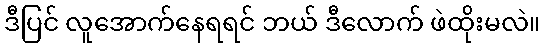
ဒီပြင် လူအောက်နေရရင် ဘယ် ဒီလောက် ဖဲထိုးမလဲ။